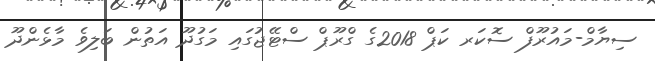
ސިޔާމް-މައުރޫފް ސޮކަރ ކަޕް 2018ގެ ގްރޫޕް ސްޓޭޖުގައި މަގުދޫ އަތުން ބަލިވެ މާޅެންދޫ